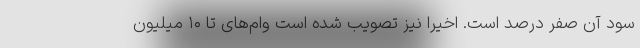
سود آن صفر درصد است. اخیرا نیز تصویب شده است وام‌های تا ۱۰ میلیون